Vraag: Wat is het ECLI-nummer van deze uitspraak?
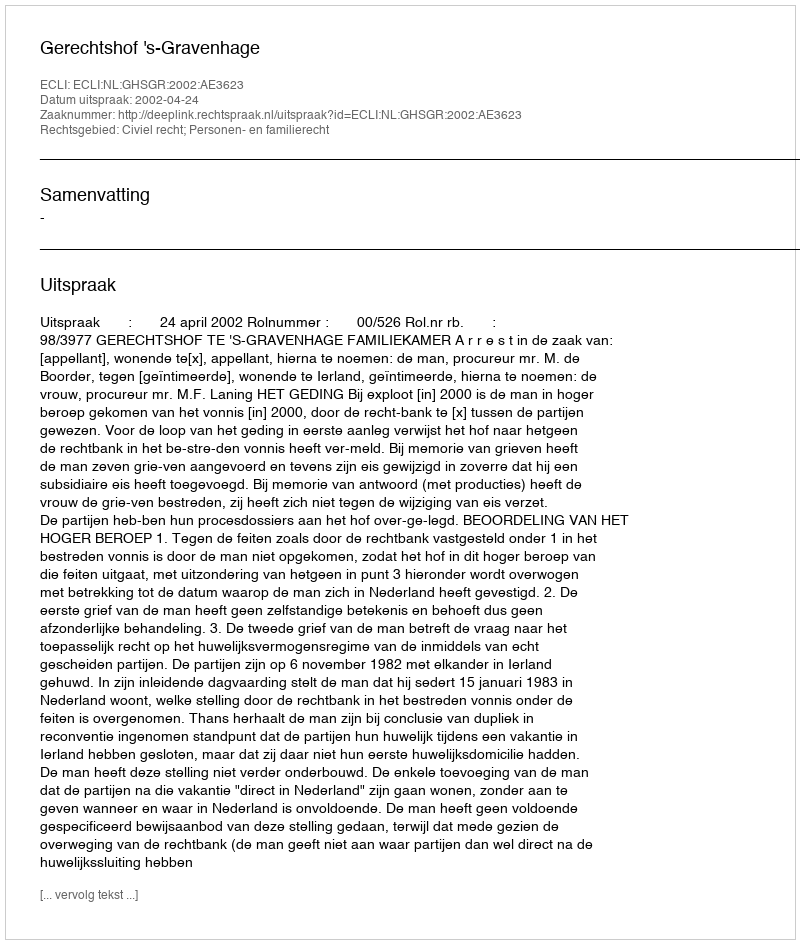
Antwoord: ECLI:NL:GHSGR:2002:AE3623